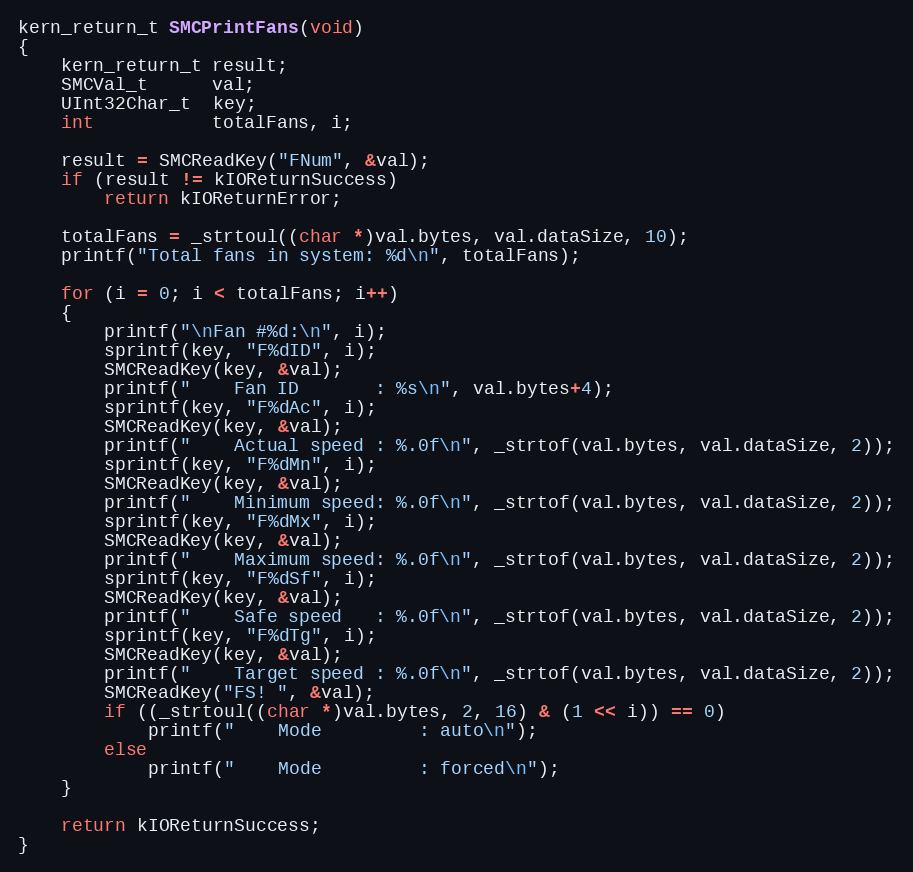
Language: C
kern_return_t SMCPrintFans(void)
{
    kern_return_t result;
    SMCVal_t      val;
    UInt32Char_t  key;
    int           totalFans, i;

    result = SMCReadKey("FNum", &val);
    if (result != kIOReturnSuccess)
        return kIOReturnError;

    totalFans = _strtoul((char *)val.bytes, val.dataSize, 10);
    printf("Total fans in system: %d\n", totalFans);

    for (i = 0; i < totalFans; i++)
    {
        printf("\nFan #%d:\n", i);
        sprintf(key, "F%dID", i);
        SMCReadKey(key, &val);
        printf("    Fan ID       : %s\n", val.bytes+4);
        sprintf(key, "F%dAc", i);
        SMCReadKey(key, &val);
        printf("    Actual speed : %.0f\n", _strtof(val.bytes, val.dataSize, 2));
        sprintf(key, "F%dMn", i);
        SMCReadKey(key, &val);
        printf("    Minimum speed: %.0f\n", _strtof(val.bytes, val.dataSize, 2));
        sprintf(key, "F%dMx", i);
        SMCReadKey(key, &val);
        printf("    Maximum speed: %.0f\n", _strtof(val.bytes, val.dataSize, 2));
        sprintf(key, "F%dSf", i);
        SMCReadKey(key, &val);
        printf("    Safe speed   : %.0f\n", _strtof(val.bytes, val.dataSize, 2));
        sprintf(key, "F%dTg", i);
        SMCReadKey(key, &val);
        printf("    Target speed : %.0f\n", _strtof(val.bytes, val.dataSize, 2));
        SMCReadKey("FS! ", &val);
        if ((_strtoul((char *)val.bytes, 2, 16) & (1 << i)) == 0)
            printf("    Mode         : auto\n");
        else
            printf("    Mode         : forced\n");
    }

    return kIOReturnSuccess;
}